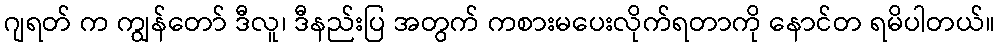
ဂျရတ် က ကျွန်တော် ဒီလူ၊ ဒီနည်းပြ အတွက် ကစားမပေးလိုက်ရတာကို နောင်တ ရမိပါတယ်။